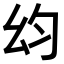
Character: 𭙋